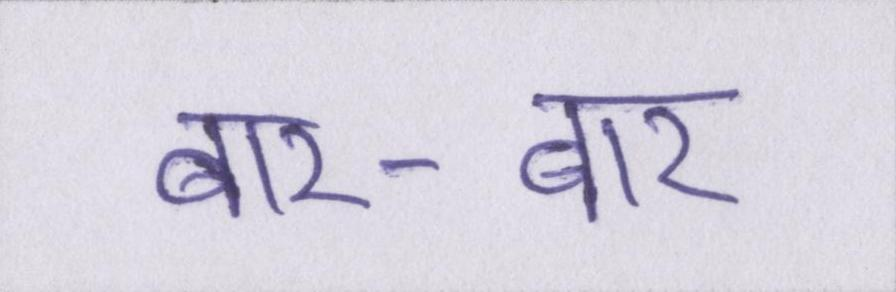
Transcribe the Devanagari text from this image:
बार-बार